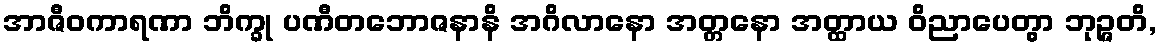
အာဇီဝကာရဏာ ဘိက္ခု ပဏီတဘောဇနာနိ အဂိလာနော အတ္တနော အတ္ထာယ ဝိညာပေတွာ ဘုဉ္ဇတိ,